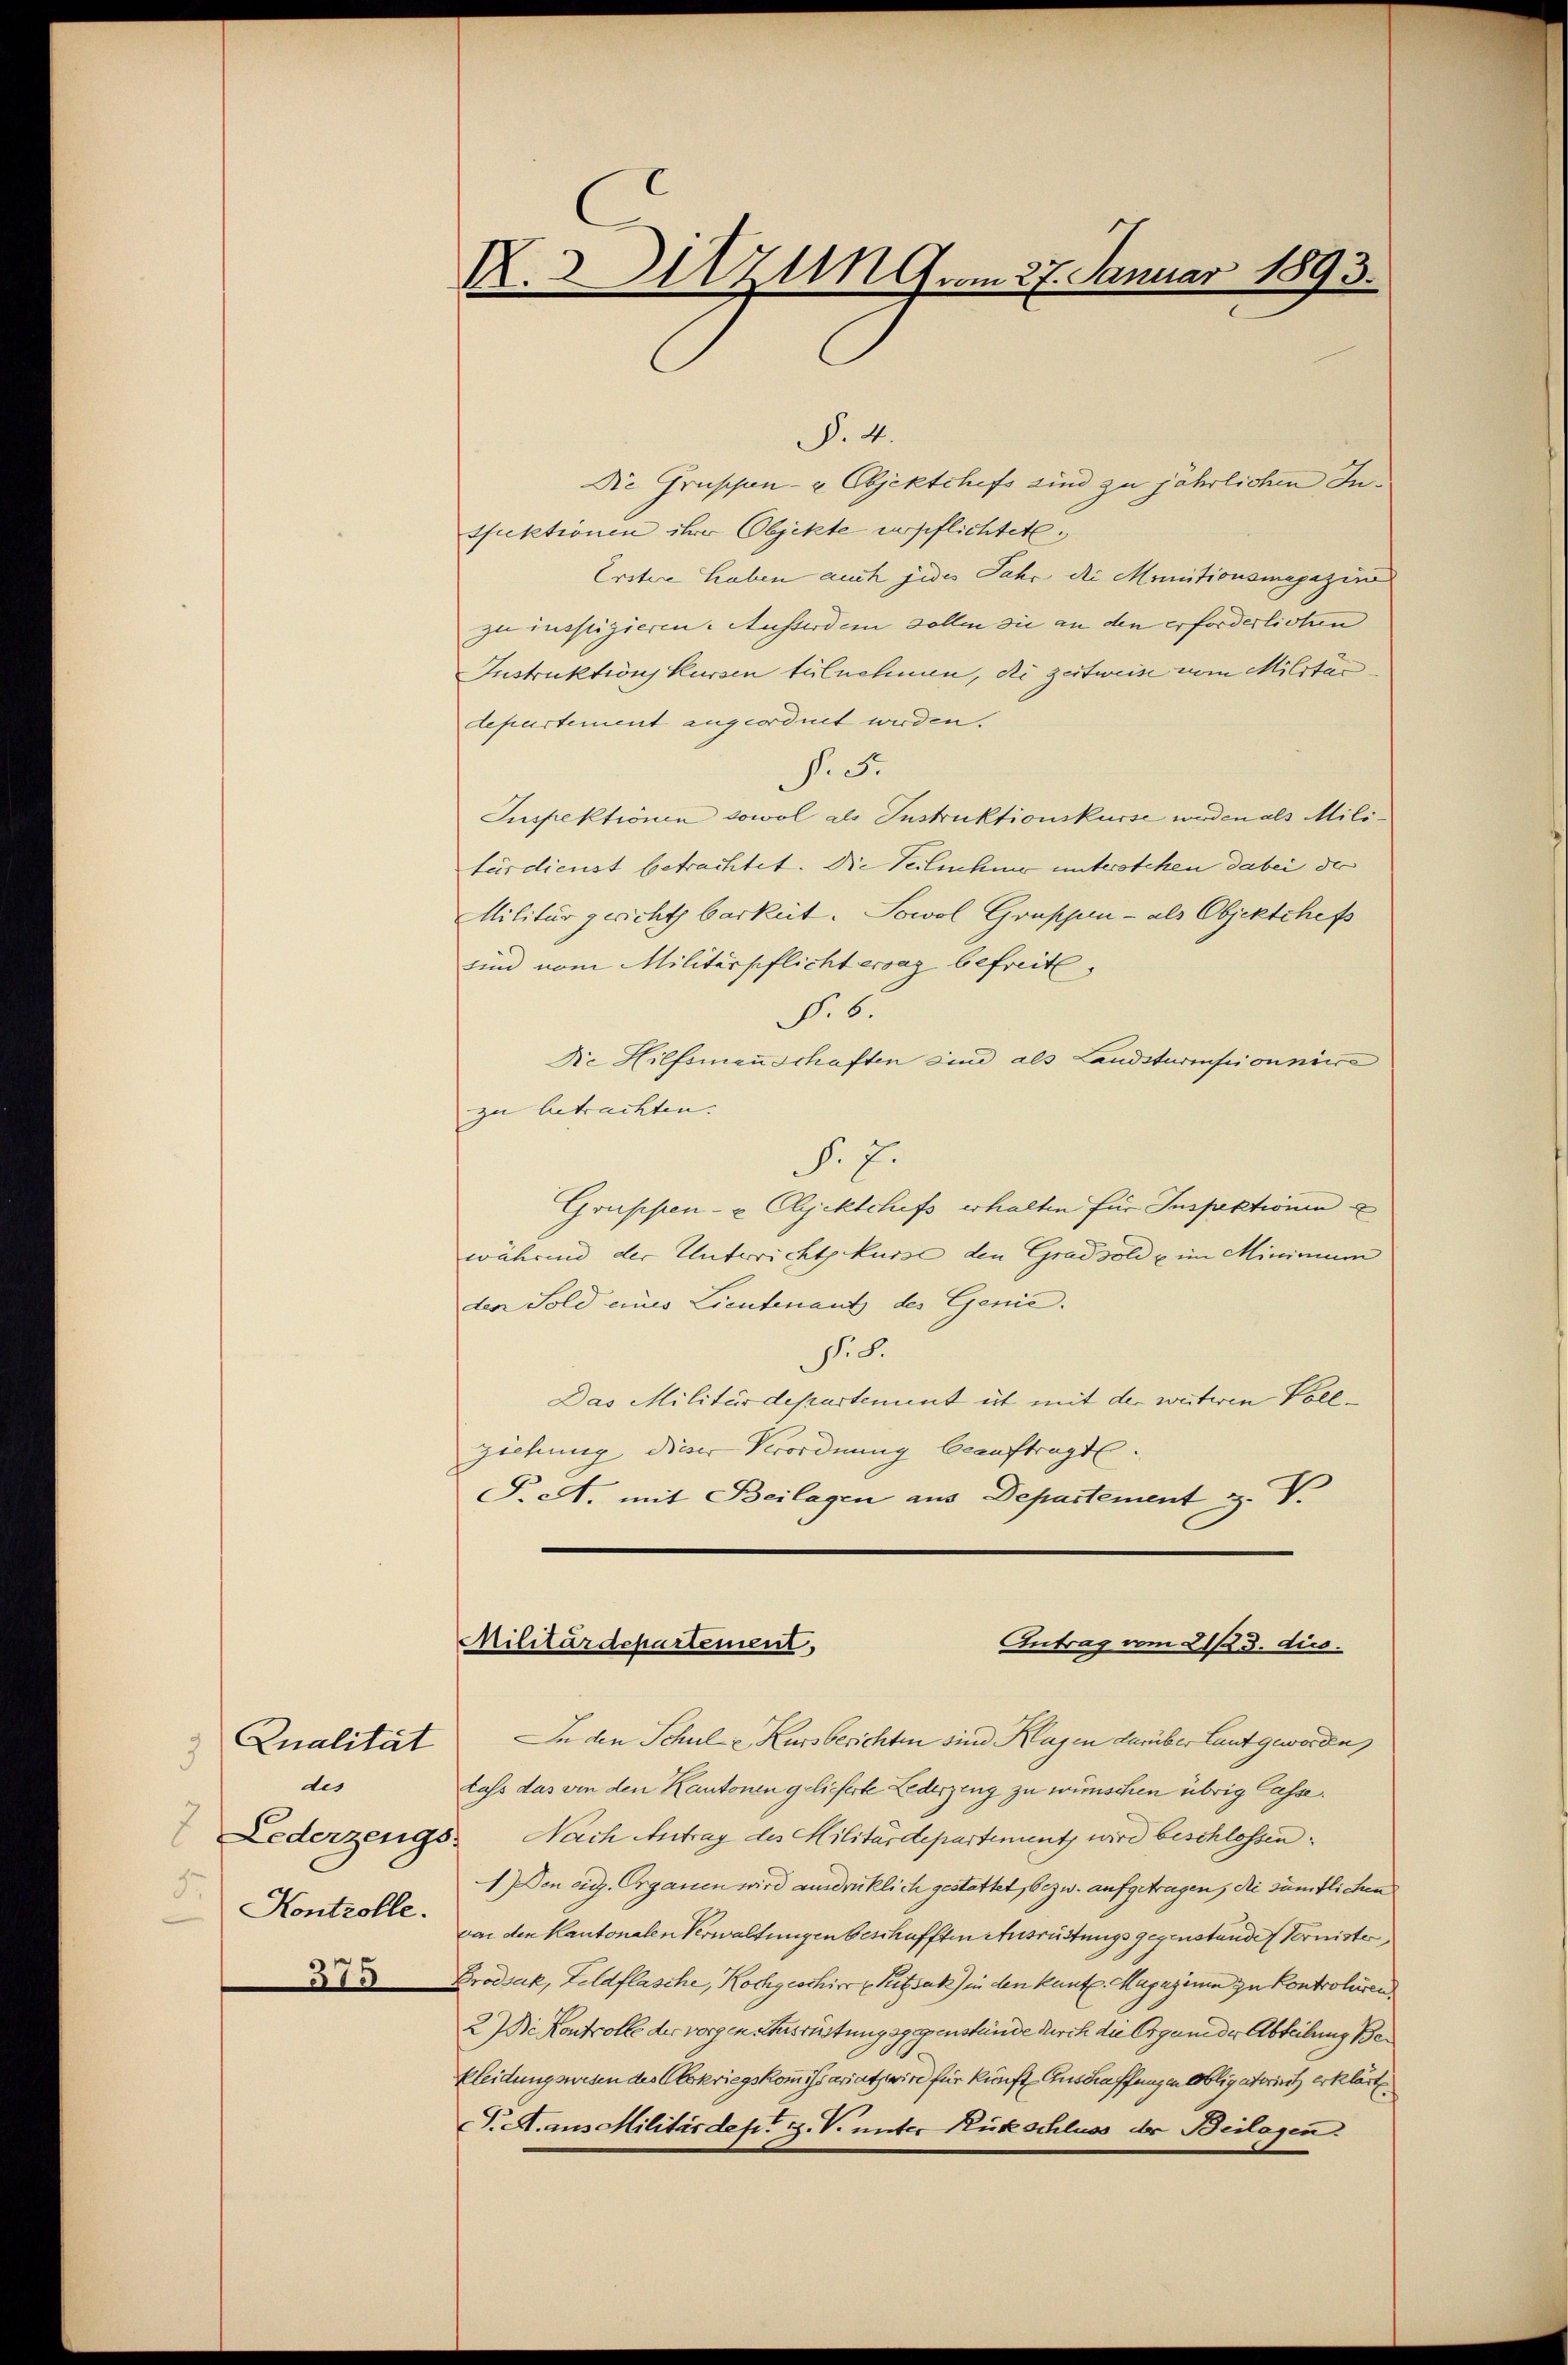
Qualität
5
des
2
5.
Kontrolle.

K.Zug. am 27. Januar 1893.

§. 4.
Die Gruppen- & Objektchefs sind zu jährlichen Insfuktionen ihrer Objekte verpflichtete
Erstere haben auch jedes Jahr die Monitionsmagazin
zu inspizieren. Ausserdem sollen sie an den erforderlichen
Instruktions Kursen tülnehmen, die zeitweise vom Militärdepartement angeordnet werden.
N. 5.
Inspektionen sowol als Instruktionsküsse werden als Militärdienst betrachtet. Die Teilnehmer unterötchen dabei der
Militärgericht barkeit. Sowol Gruppen - als Objektchefs
sind vom Militärpflichtervaz befreit,
No 6.
Die Hilfsmannschaften sind als Landsturmpionnie
zu betrachten.
§. 7.
Gruppen- u. Objektchefs erhalten für Inspektionen
während der Unterrichtskurse den Gradsoli u. im Minimum
den Sold eines Lieutenant des Genie.
f. 8.
Das Militärdepartement ist mit der weitwen Vollziehung dieser Verordnung beauftragt.
T. A. mit Beilagen aus Departement z. V

Militärdepartement
Antrag vom 21/23. dies.

In den Schule Kursberichten sind Klagen darüber laut geworden
lass das von den Kantonen gelieferte Lederzeug zu wünschen übrig Casse.
Lederzeigs. Nach Antrag des Militärdepartementz wird beschlossen:
1) Den eid. Organen wird ausdrücklich gestattet, bezw. aufgetragen, die sämtlichen
von den Kantonalen Verwaltungen beschafften Ausrüstungs gegenstände Vernister
 Brodsak, Feldflasche, Kochgeschirr Pretzsack in den kant. Magazium zu Kontroliren
2 Die Kontrolle der vorgen Ausrüstungsgegenstände durch die Organe der Abteilung Bekleidungswesen des Oberkriegskommissariat, wird für künfte Anschaffungen Obligatorist erklärt
I. A. aus Militärdep. H. V. unter Rückschluss der Beilagen.